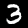
Label: 3